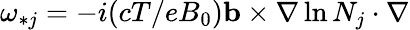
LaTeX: \omega_{*j}=-i(cT/eB_{0})\mathbf{b}\times\nabla\ln N_{j}\cdot\nabla